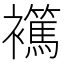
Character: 𧞶